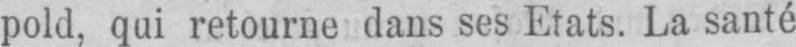
pold, qui retourne dans ses Etats. La santé